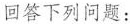
回答下列问题：